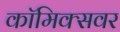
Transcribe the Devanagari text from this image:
कॉमिक्सवर